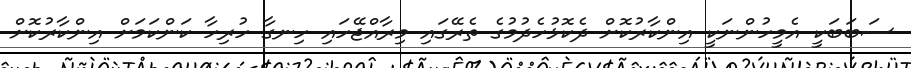
ސަބަބަކީ އެމީހުންނަކީ އިންކާރުކޮށް ދެކޮޅުހެދުމުގެ ތެރޭގައި މިރާއްޖޭހައި ހިނގާ ހުރިހާ ކަންކަމަށް އިންކާރުކޮށް